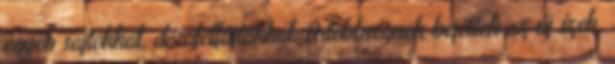
egyéb sajtokkal, darafelfújtakkal. A többségnek bejöttek az új ízek.